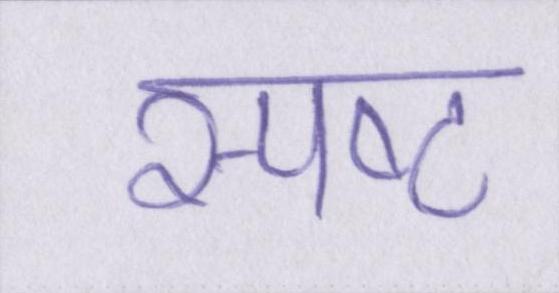
स्पष्ट